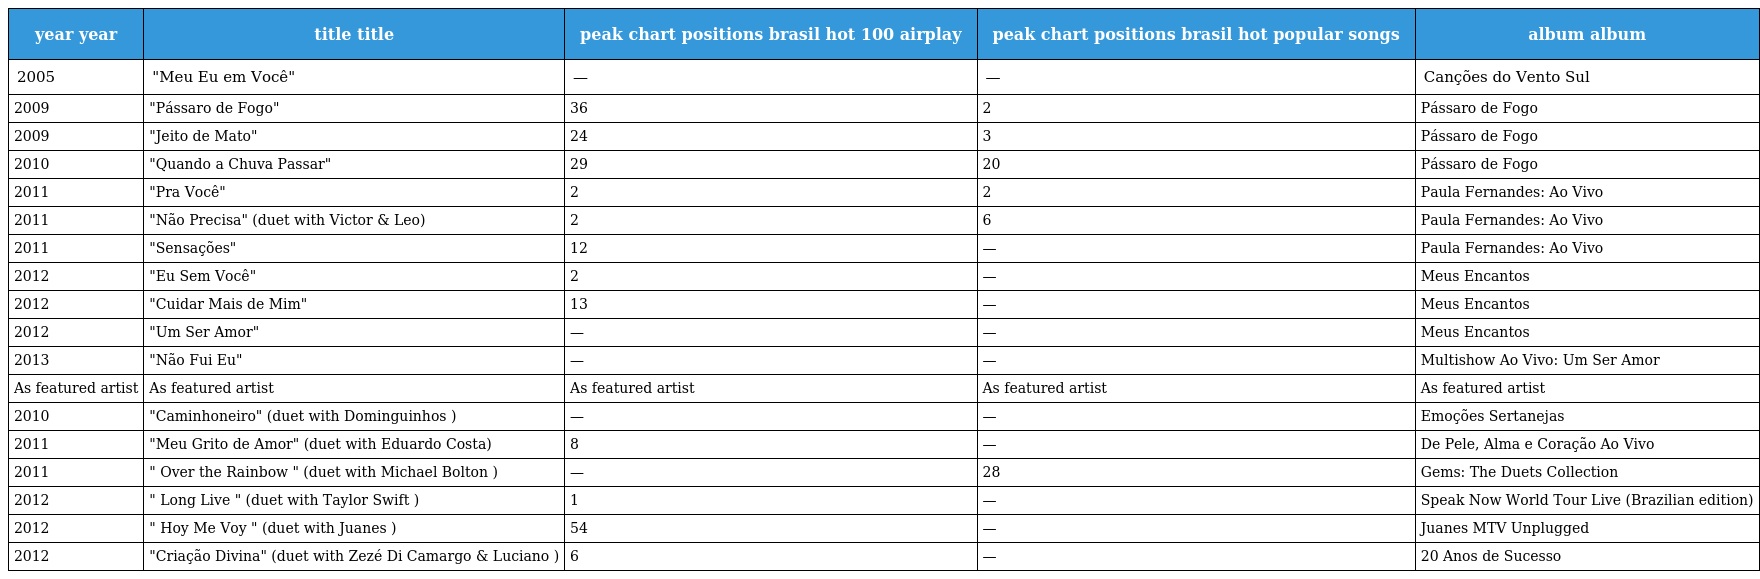
| year year | title title | peak chart positions brasil hot 100 airplay | peak chart positions brasil hot popular songs | album album |
 | --- | --- | --- | --- | --- |
 | 2005 | "Meu Eu em Você" | — | — | Canções do Vento Sul |
 | 2009 | "Pássaro de Fogo" | 36 | 2 | Pássaro de Fogo |
 | 2009 | "Jeito de Mato" | 24 | 3 | Pássaro de Fogo |
 | 2010 | "Quando a Chuva Passar" | 29 | 20 | Pássaro de Fogo |
 | 2011 | "Pra Você" | 2 | 2 | Paula Fernandes: Ao Vivo |
 | 2011 | "Não Precisa" (duet with Victor & Leo) | 2 | 6 | Paula Fernandes: Ao Vivo |
 | 2011 | "Sensações" | 12 | — | Paula Fernandes: Ao Vivo |
 | 2012 | "Eu Sem Você" | 2 | — | Meus Encantos |
 | 2012 | "Cuidar Mais de Mim" | 13 | — | Meus Encantos |
 | 2012 | "Um Ser Amor" | — | — | Meus Encantos |
 | 2013 | "Não Fui Eu" | — | — | Multishow Ao Vivo: Um Ser Amor |
 | As featured artist | As featured artist | As featured artist | As featured artist | As featured artist |
 | 2010 | "Caminhoneiro" (duet with Dominguinhos ) | — | — | Emoções Sertanejas |
 | 2011 | "Meu Grito de Amor" (duet with Eduardo Costa) | 8 | — | De Pele, Alma e Coração Ao Vivo |
 | 2011 | " Over the Rainbow " (duet with Michael Bolton ) | — | 28 | Gems: The Duets Collection |
 | 2012 | " Long Live " (duet with Taylor Swift ) | 1 | — | Speak Now World Tour Live (Brazilian edition) |
 | 2012 | " Hoy Me Voy " (duet with Juanes ) | 54 | — | Juanes MTV Unplugged |
 | 2012 | "Criação Divina" (duet with Zezé Di Camargo & Luciano ) | 6 | — | 20 Anos de Sucesso |